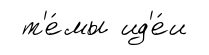
т'е́мы ид'е́и